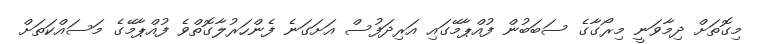
މިގޮތަށް ދިމާވަނީ މިރޯގާގެ ސަބަބުން ފުއްޕާމޭގައި އަރިދަފުސް އަށަގަނެ ފެންހަރުލާގޮތްވެ ފުއްޕާމޭގެ މަސައްކަތަށް